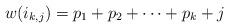
LaTeX: \begin{align*} w(i_{k,j}) = p_1 + p_2 + \cdots + p_{k} + j \end{align*}